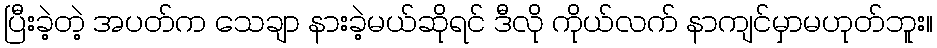
ပြီးခဲ့တဲ့ အပတ်က သေချာ နားခဲ့မယ်ဆိုရင် ဒီလို ကိုယ်လက် နာကျင်မှာမဟုတ်ဘူး။